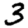
Digit: 3